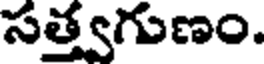
సత్త్వగుణం.